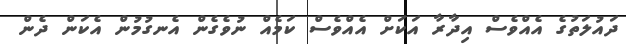
ދައުލަތުގެ އެއްވެސް އިދާރާ އަކަށް އެއްވެސް ކަމެއް ނުވެގެން އެނގުމުން އެކަން ދެން